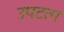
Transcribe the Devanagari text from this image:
उपटता